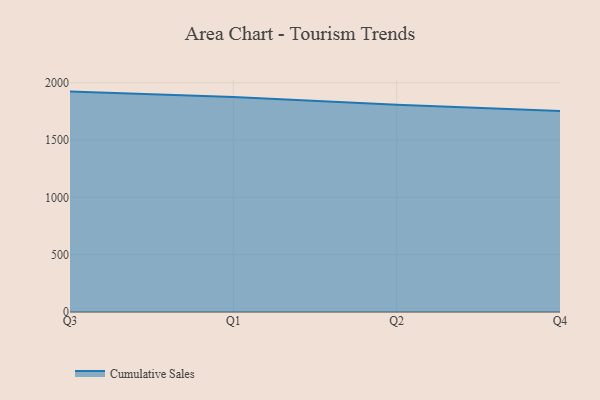
{"axis": {"x": "Quarter", "y": "Bounce Rate (%)"}, "legend": ["Cumulative Sales"], "data": [{"x": "Q3", "y": 1922.9, "type": "Cumulative Sales"}, {"x": "Q1", "y": 1875.0, "type": "Cumulative Sales"}, {"x": "Q2", "y": 1808.8, "type": "Cumulative Sales"}, {"x": "Q4", "y": 1752.8, "type": "Cumulative Sales"}]}